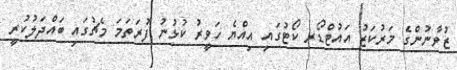
ޒުވާނުންގެ މަރުކަޒު އައުޓްޑޯރ ކޯޓުގައި އިއްޔެ ހަވީރު ކުޅުނު ފުރަތަމަ މެޗުގައި ބައްދަލުކުރީ